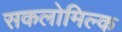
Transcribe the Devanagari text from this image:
सकलोमिल्क